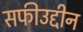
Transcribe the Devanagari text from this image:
सफीउद्दीन